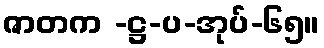
ဇာတက -ဋ္ဌ-ပ-အုပ်-၆၅။